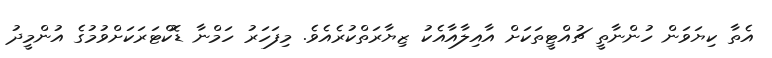
އެތާ ކިޔަވަން ހުންނާތީ ޗުއްޓީތަކަށް އާއިލާއާއެކު ޒިޔާރަތްކުރެއެވެ. މިފަހަރު ހަމްނާ ޑޮކްޓަރަކަށްވުމުގެ އުންމީދު